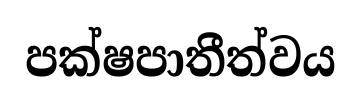
පක්ෂපාතීත්වය